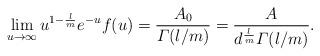
LaTeX: \begin{align*}\lim_{u \to \infty} u^{1 - \frac{l}{m}} e^{-u} f(u) = \frac{A_{0}}{\varGamma(l / m)} = \frac{A}{d^{\frac{l}{m}}\varGamma(l / m)}. \end{align*}